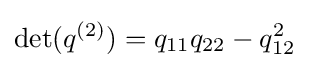
\det(q^{(2)})=q_{11}q_{22}-q_{12}^{2}